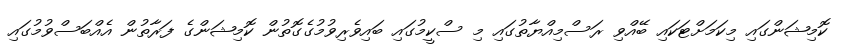
ކޮމިޝަންގައި މިކަމަށްޓަކައި ބޭއްވި ރަސްމިއްޔާތުގައި މި ސްކީމުގައި ބައިވެރިވުމުގެގޮތުން ކޮމިޝަންގެ ފަރާތުން އެއްބަސްވުމުގައި